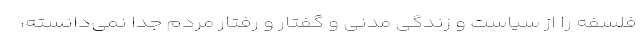
فلسفه را از سیاست و زندگی مدنی و گفتار و رفتار مردم جدا نمی‌دانسته،